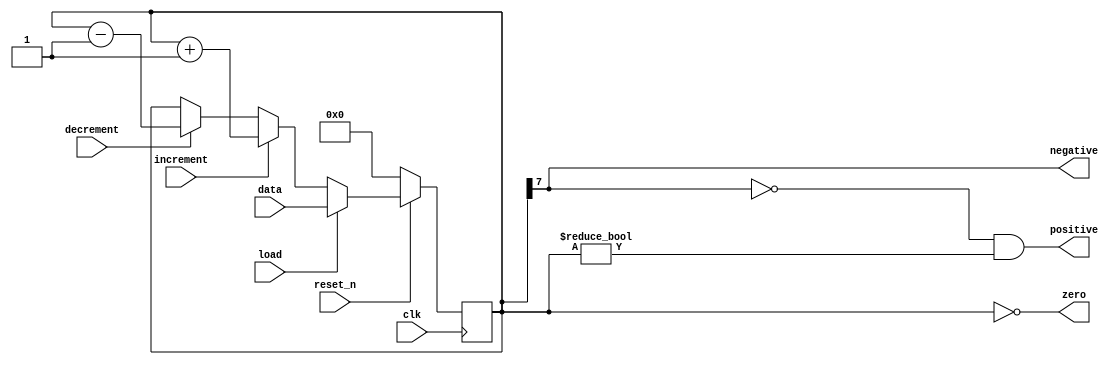
module temp_register (input clk, reset_n, load, increment, decrement, input [7:0] data, output negative, positive, zero);
	
    reg signed[7:0] register = 8'b00000000;

    always @(posedge clk) 
	 begin
        if (!reset_n) 
            register <= 8'b00000000;
				
        else if (load)
            register <= data;

        else if (increment)
            register <= register + 8'b00000001;

        else if (decrement)
            register <= register - 8'b00000001;
				
    end

    assign zero = (register == 8'b00000000);
    assign positive = ((register[7] == 1'b0) && (register != 8'b00000000));
    assign negative = (register[7] == 1);
	 
endmodule